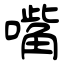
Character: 嘴